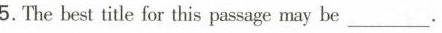
5. The best title for this passage may be__